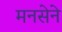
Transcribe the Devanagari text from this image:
मनसेने